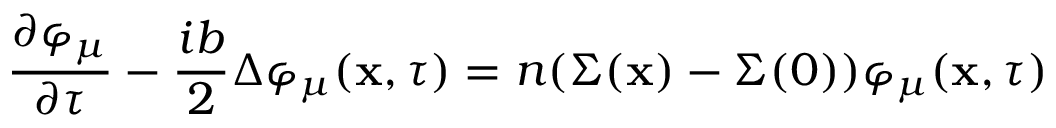
\frac { \partial \varphi _ { \mu } } { \partial \tau } - \frac { i b } { 2 } \Delta \varphi _ { \mu } ( { \bf x } , \tau ) = n ( \Sigma ( { \bf x } ) - \Sigma ( 0 ) ) \varphi _ { \mu } ( { \bf x } , \tau )